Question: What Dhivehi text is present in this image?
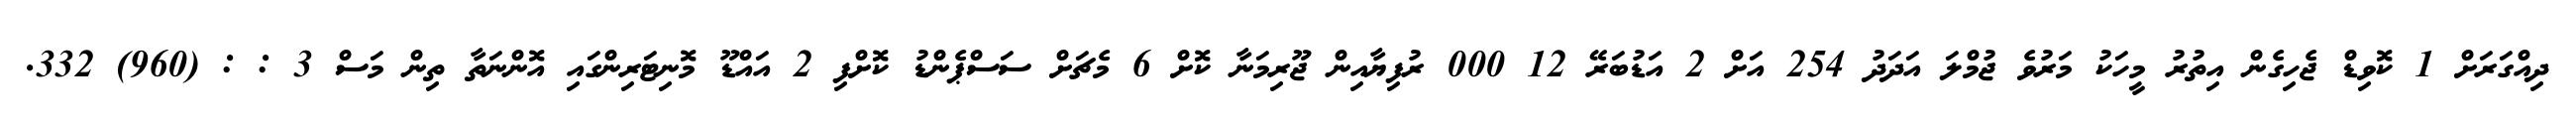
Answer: ދިއްގަރަށް 1 ކޮވިޑް ޖެހިގެން އިތުރު މީހަކު މަރުވެ ޖުމްލަ އަދަދު 254 އަށް 2 އަޑުބަރޭ 12 000 ރުފިޔާއިން ޖޫރިމަނާ ކޮށް 6 މެޗަށް ސަސްޕެންޑު ކޮށްފި 2 އައްޑޫ މޮނިޓަރިންގައި އޮންނަތާ ތިން މަސް 3 : : (960) 332.